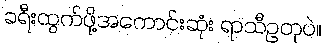
ခရီးထွက်ဖို့အကောင်းဆုံး ရာသီဥတုပဲ။